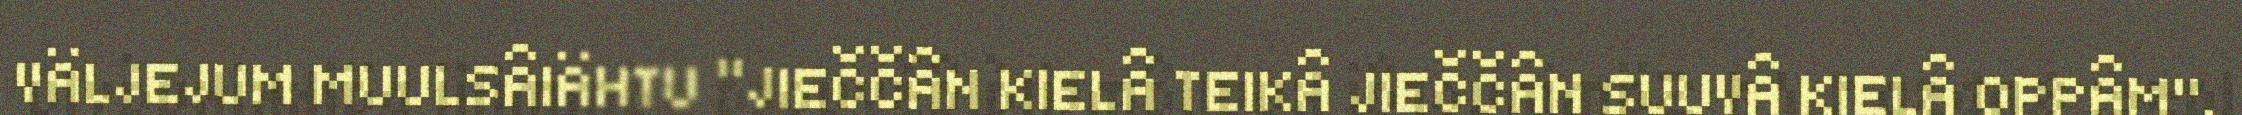
VÄLJEJUM MUULSÂIÄHTU “JIEČČÂN KIELÂ TEIKÂ JIEČČÂN SUUVÂ KIELÂ OPPÂM".